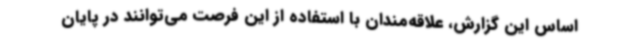
اساس این گزارش، علاقه‌مندان با استفاده از این فرصت می‌توانند در پایان